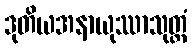
ဒုတိယအနာယုဿာသုတ္တံ